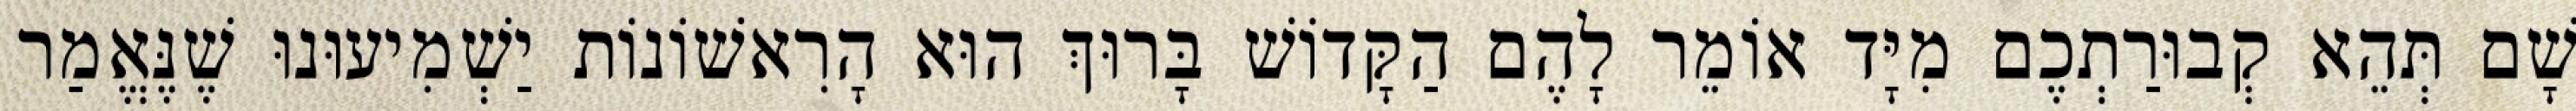
שָׁם תְּהֵא קְבוּרַתְכֶם מִיָּד אוֹמֵר לָהֶם הַקָּדוֹשׁ בָּרוּךְ הוּא הָרִאשׁוֹנוֹת יַשְׁמִיעוּנוּ שֶׁנֶּאֱמַר